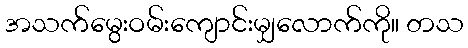
အသက်မွေးဝမ်းကျောင်းမျှလောက်ကို။ တသ